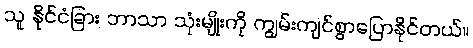
သူ နိုင်ငံခြား ဘာသာ သုံးမျိုးကို ကျွမ်းကျင်စွာပြောနိုင်တယ်။